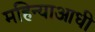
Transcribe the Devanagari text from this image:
महिन्याआधी